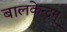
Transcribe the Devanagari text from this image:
बालकेन्द्रम्